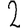
Digit: 2